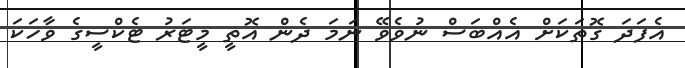
އެފަދަ ގޮތަކަށް އެއްބަސް ނުވެވޭ ނަމަ ދެން އޮތީ މީޓަރު ޓެކްސީގެ ވާހަކަ